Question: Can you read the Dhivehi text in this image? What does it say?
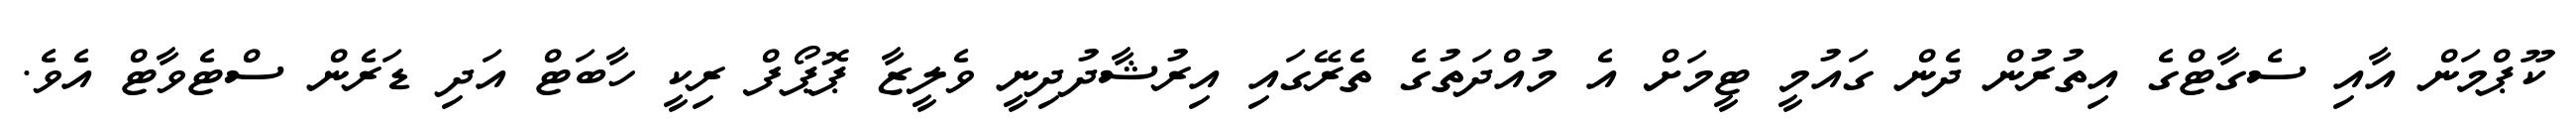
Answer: ކޫޕްމަން އާއި ސެގާޓްގެ އިތުރުން ދެން ގައުމީ ޓީމަށް އެ މުއްދަތުގެ ތެރޭގައި އިރުޝާދުދިނީ ވެލީޒާ ޕޮޕޯފް ރިކީ ހާބަޓް އަދި ޑަރެން ސްޓެވާޓް އެވެ.